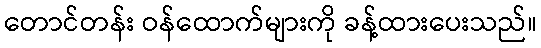
တောင်တန်း ဝန်ထောက်များကို ခန့်ထားပေးသည်။